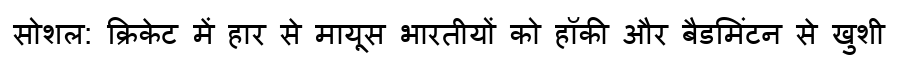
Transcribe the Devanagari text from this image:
सोशल: क्रिकेट में हार से मायूस भारतीयों को हॉकी और बैडमिंटन से खुशी